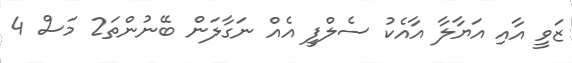
ޒަވީ އާއި އަޔާލާ އާއެކު ސެލްފީ އެއް ނަގާލަން ބޭނުންތަ2 މަސް 4